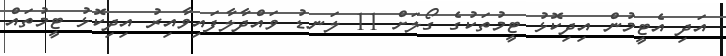
އަދި އެޓީމުން އިދިކޮޅު ޓީމުތަކުގެ ގޯލަށް 11 ލަނޑު ވައްދާލާފައިވާއިރު އިދިކޮޅު ޓީމުތައް